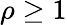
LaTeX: \rho\geq 1